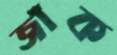
জাঁক